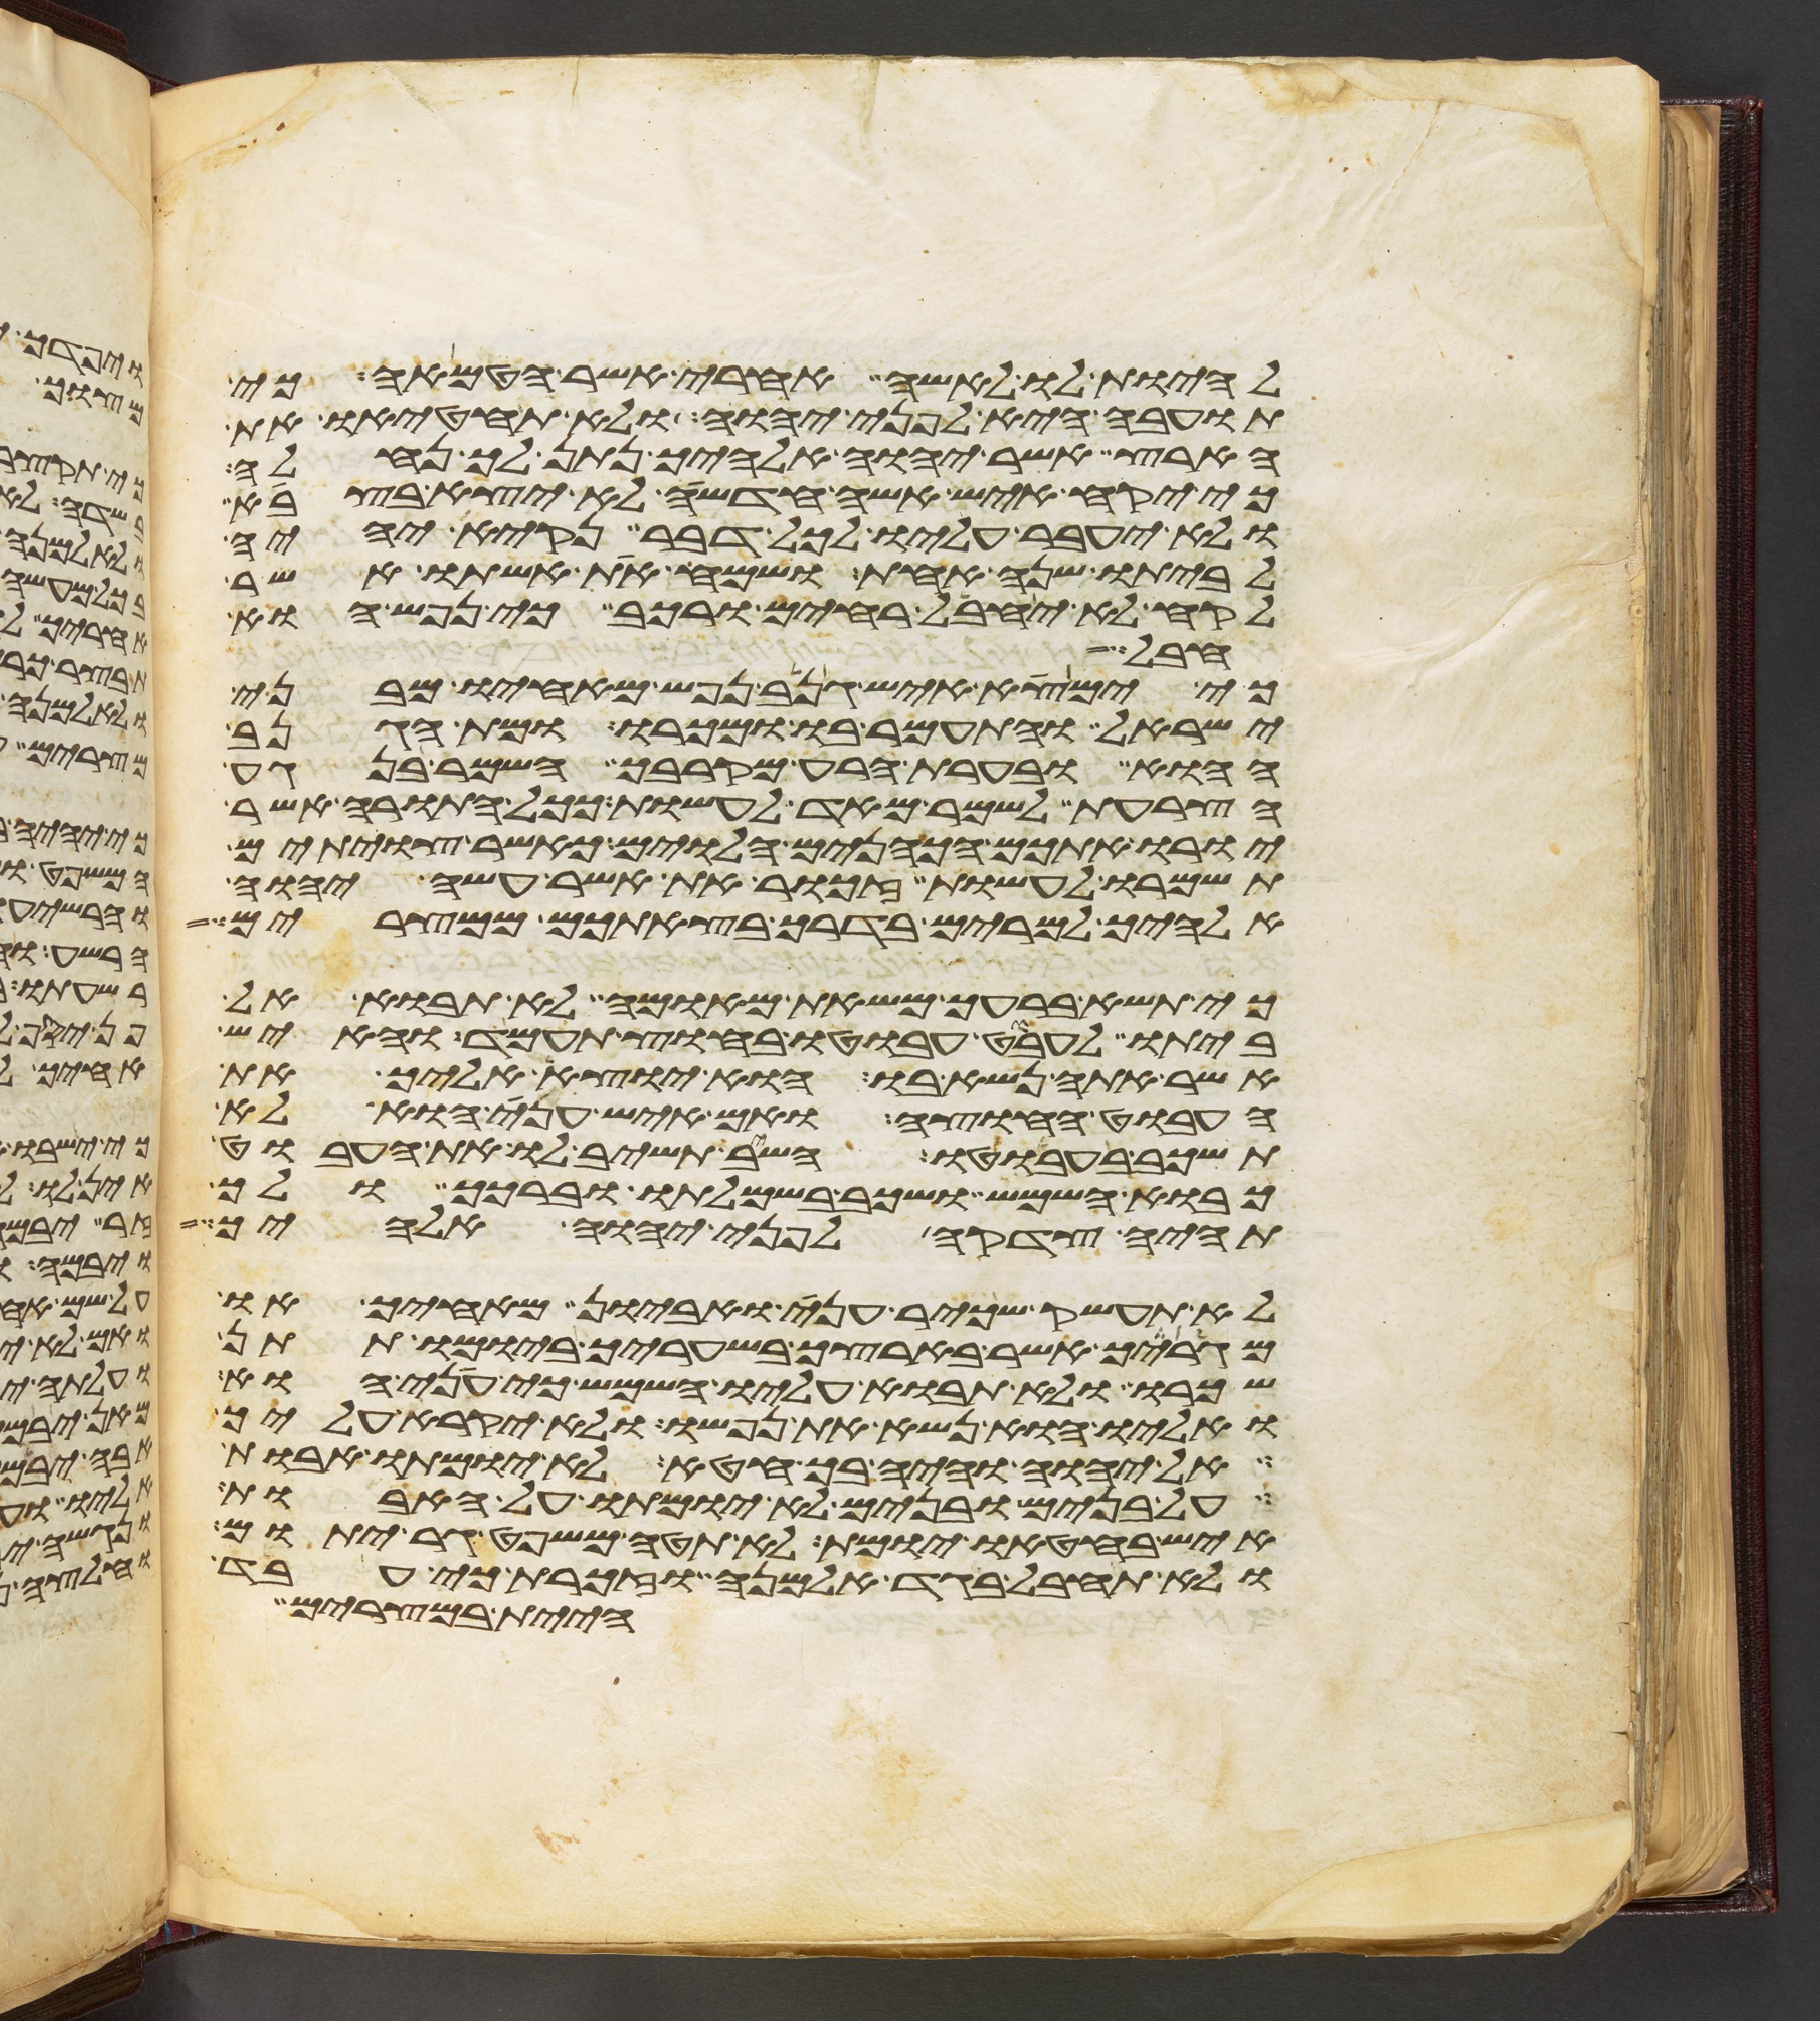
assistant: להיות לו לאשה אחרי אשר הטמאה כי
תועבה היא לפני יהוה ולא תחטיאו את
הארץ אשר יהוה אלהיך נתן לך נחלה
כי יקח איש אשה חדשה לא יצא בצבא
ולא יעבר עליו לכל דבר נקיא יהיה
לביתו שנה אחת ושמח את אשתו אשר
לקח לא יחבל רחים ורכב כי נפש הוא
כי ימצא איש גנב נפש מאחיו מבני
ישראל והתעמר בו ומכרו ומת הגנב
ההוא ובערת הרע מקרבך השמר בנגע
הצרעת לשמר מאד לעשות ככל התורה אשר
יורו אתכם הכהנים הלוים כאשר צויתם
תשמרו לעשות זכור את אשר עשה יהוה
אלהיך למרים בדרך בצאתכם ממצרים
כי תשא ברעך משאת מאומה לא תבוא אל
ביתו לעבט עבוטו בחוץ תעמד והאיש
אשר אתה נשא בו הוא יוצא אליך את
העבוט החוצה ואם איש עני הוא לא
תשכב בעבוטו השב תשיב לו את העבוט
כבוא השמש ושכב בשמלתו וברכך ולך
תהיה צדקה לפני יהוה אלהיך
לא תעשק שכיר עני ואביון מאחיך או
מגרך אשר בארצך בשעריך ביומו תתן
שכרו ולא תבוא עליו השמש כי עני הוא
ואליו הוא נשא את נפשו ולא יקרא עליך
אל יהוה והיה בך חטא לא יומתו אבות
על בנים ובנים לא יומתו על האבות
איש בחטאו יומת לא תטה משפט גר יתום
ולא תחבל בגד אלמנה וזכרת כי עבד
היית במצרים